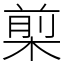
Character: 㮍